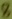
Text: 8